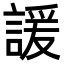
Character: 諼